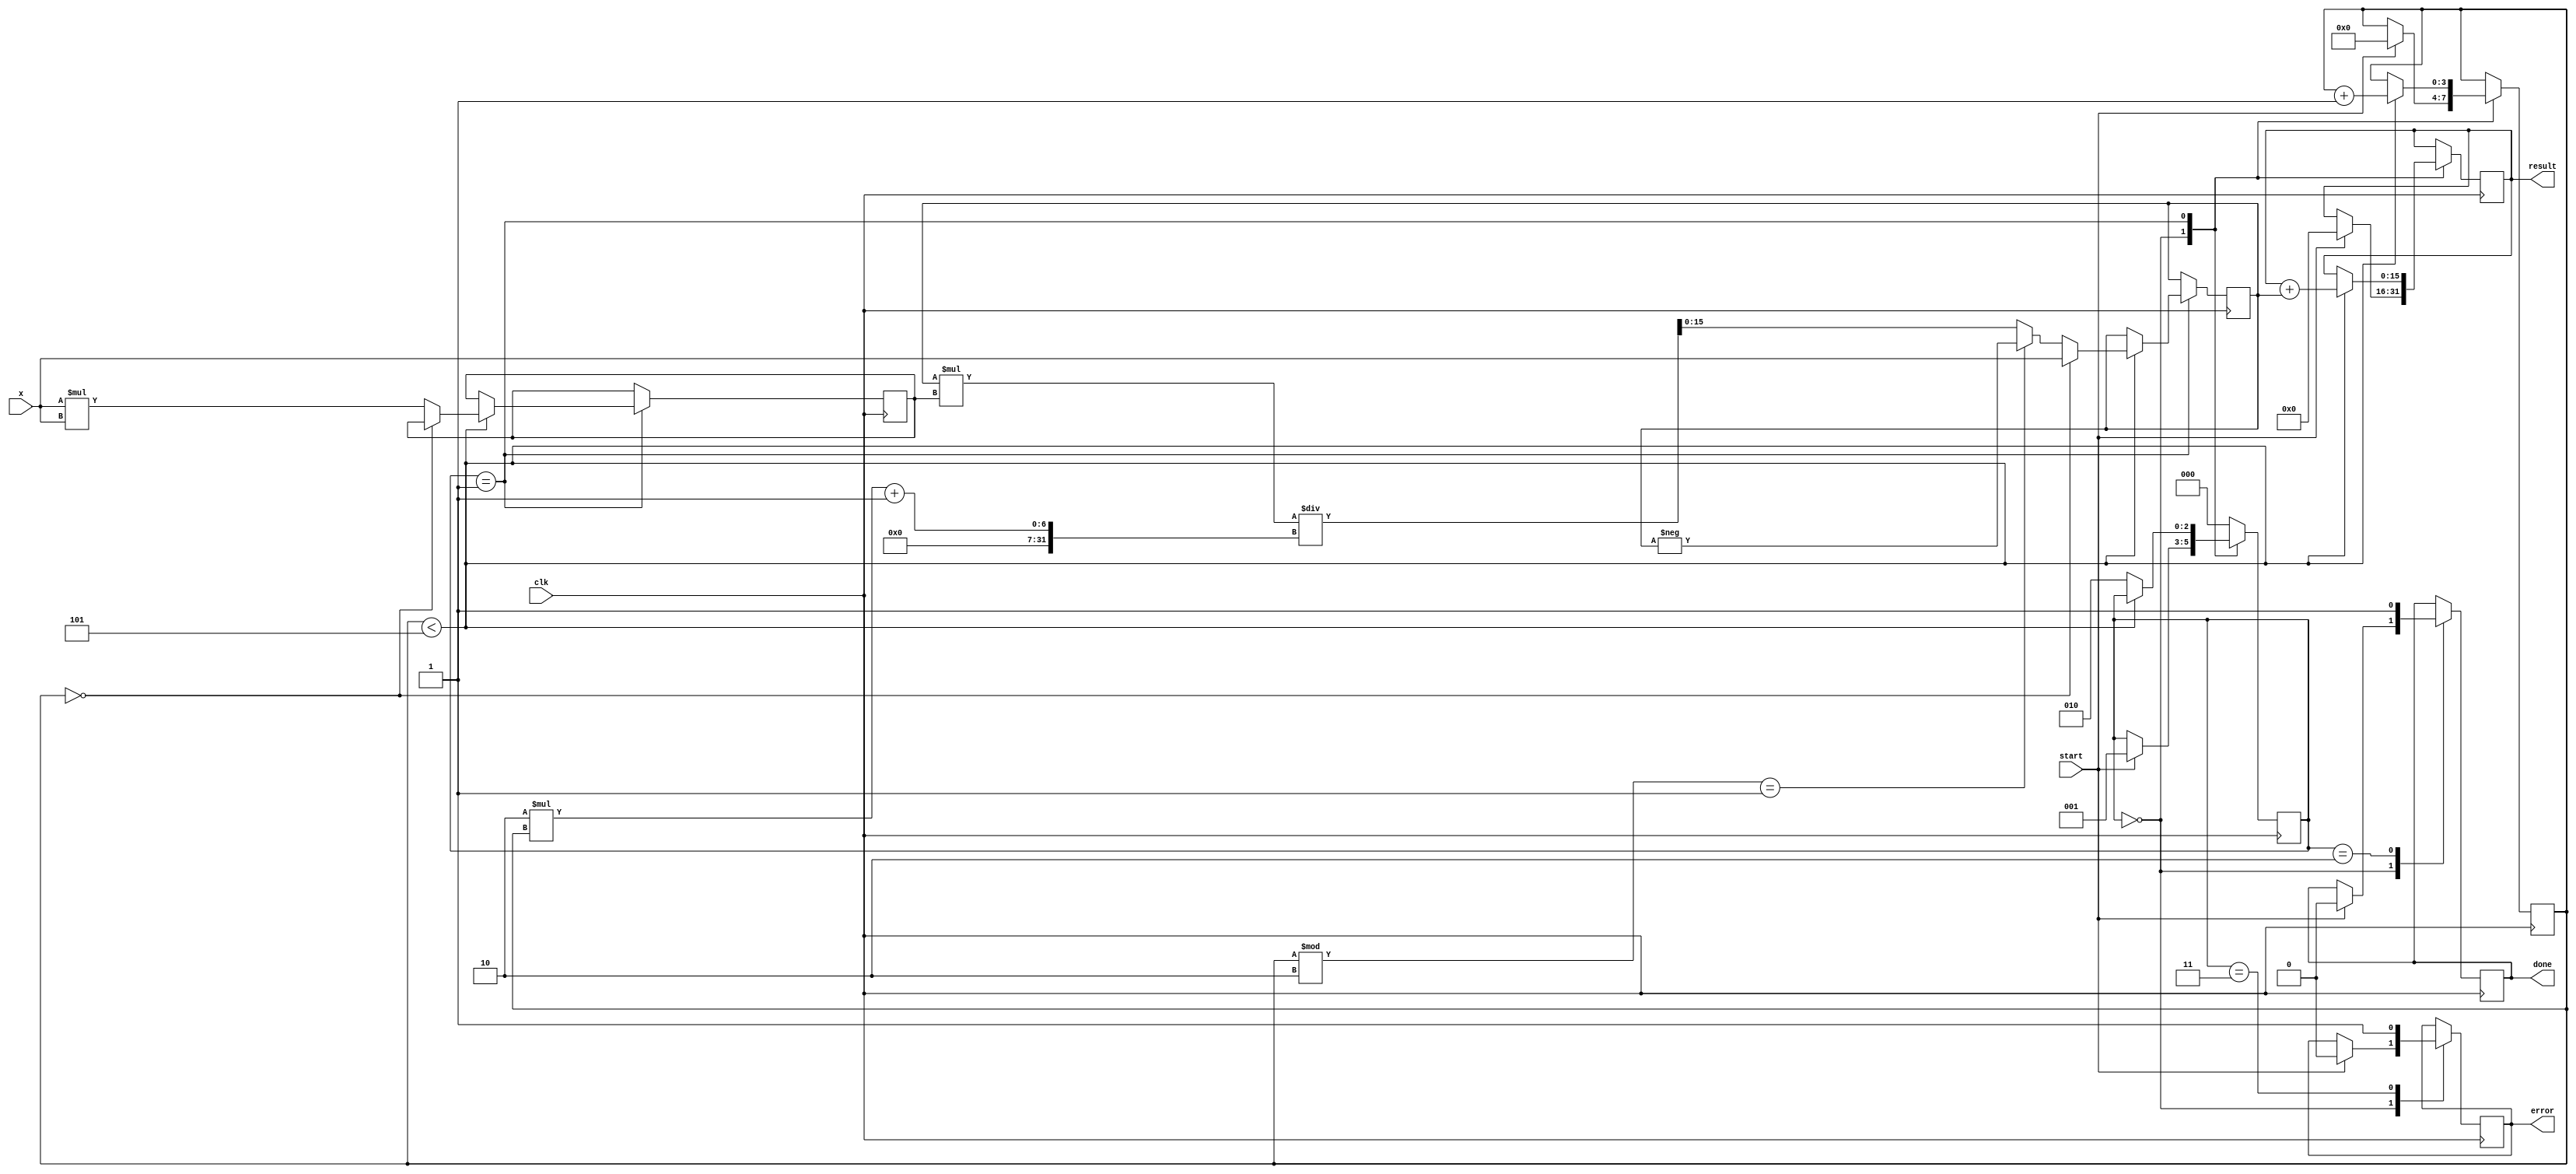
module atan (
    input wire clk,
    input wire start,
    input wire signed [15:0] x, // 16-bit fixed-point input
    output reg signed [15:0] result, // 16-bit fixed-point output
    output reg done,
    output reg error
);

    reg signed [15:0] x_squared;
    reg signed [15:0] term;
    reg [2:0] state; // State machine for processing
    reg [3:0] term_count; // Counter for Taylor series terms

    localparam IDLE = 3'b000,
               COMPUTE = 3'b001,
               DONE = 3'b010,
               ERROR = 3'b011;

    // Fixed-point constants for Taylor series
    localparam [15:0] ONE = 16'h0001; // 1.0 in fixed-point
    localparam [15:0] THREE = 16'h0003; // 1/3 in fixed-point
    localparam [15:0] FIVE = 16'h0005; // 1/5 in fixed-point
    localparam [15:0] SEVEN = 16'h0007; // 1/7 in fixed-point

    always @(posedge clk) begin
        case (state)
            IDLE: begin
                if (start) begin
                    result <= 0;
                    term_count <= 0;
                    state <= COMPUTE;
                    done <= 0;
                    error <= 0;
                end
            end

            COMPUTE: begin
                if (term_count < 5) begin
                    // Calculate x^2
                    if (term_count == 0) begin
                        term <= x; // First term is x
                    end else begin
                        x_squared <= x * x; // x^2
                        term <= (term * x_squared) / (2 * term_count + 1); // x^(2n+1)/(2n+1)
                        if (term_count % 2 == 1) begin
                            term <= -term; // Alternate signs
                        end
                    end
                    result <= result + term; // Add term to result
                    term_count <= term_count + 1; // Increment term count
                end else begin
                    state <= DONE; // Move to done state
                end
            end

            DONE: begin
                done <= 1; // Indicate computation is done
                state <= IDLE; // Reset to IDLE
            end

            ERROR: begin
                error <= 1; // Indicate an error occurred
                state <= IDLE; // Reset to IDLE
            end

            default: state <= IDLE; // Default case
        endcase
    end

endmodule